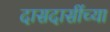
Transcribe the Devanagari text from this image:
दासदासींच्या